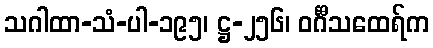
သဂါထာ-သံ-ပါ-၁၉၅၊ ဋ္ဌ-၂၅၆၊ ဝင်္ဂီသထေရ်က